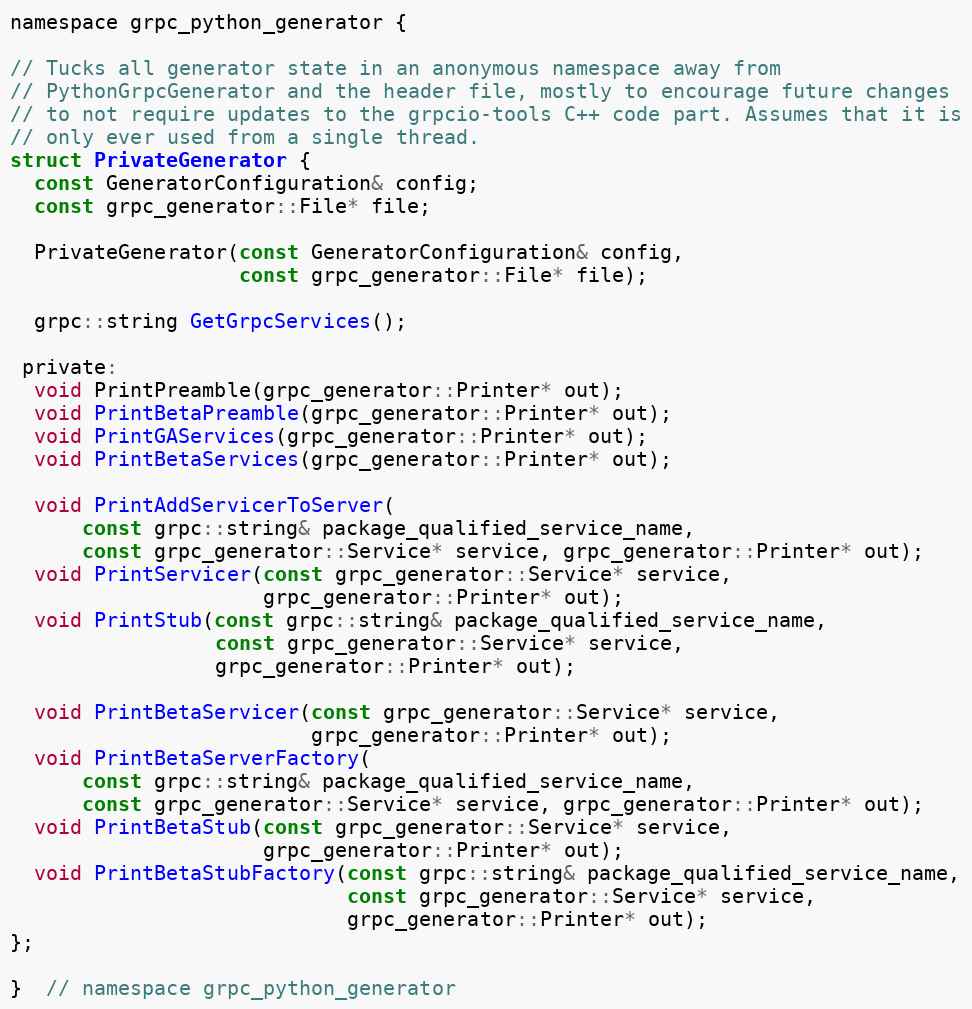
Language: C
namespace grpc_python_generator {

// Tucks all generator state in an anonymous namespace away from
// PythonGrpcGenerator and the header file, mostly to encourage future changes
// to not require updates to the grpcio-tools C++ code part. Assumes that it is
// only ever used from a single thread.
struct PrivateGenerator {
  const GeneratorConfiguration& config;
  const grpc_generator::File* file;

  PrivateGenerator(const GeneratorConfiguration& config,
                   const grpc_generator::File* file);

  grpc::string GetGrpcServices();

 private:
  void PrintPreamble(grpc_generator::Printer* out);
  void PrintBetaPreamble(grpc_generator::Printer* out);
  void PrintGAServices(grpc_generator::Printer* out);
  void PrintBetaServices(grpc_generator::Printer* out);

  void PrintAddServicerToServer(
      const grpc::string& package_qualified_service_name,
      const grpc_generator::Service* service, grpc_generator::Printer* out);
  void PrintServicer(const grpc_generator::Service* service,
                     grpc_generator::Printer* out);
  void PrintStub(const grpc::string& package_qualified_service_name,
                 const grpc_generator::Service* service,
                 grpc_generator::Printer* out);

  void PrintBetaServicer(const grpc_generator::Service* service,
                         grpc_generator::Printer* out);
  void PrintBetaServerFactory(
      const grpc::string& package_qualified_service_name,
      const grpc_generator::Service* service, grpc_generator::Printer* out);
  void PrintBetaStub(const grpc_generator::Service* service,
                     grpc_generator::Printer* out);
  void PrintBetaStubFactory(const grpc::string& package_qualified_service_name,
                            const grpc_generator::Service* service,
                            grpc_generator::Printer* out);
};

}  // namespace grpc_python_generator